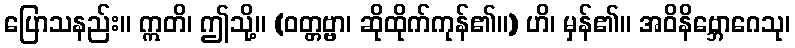
ပြောသနည်း။ ဣတိ၊ ဤသို့။ (ဝတ္တဗ္ဗာ၊ ဆိုထိုက်ကုန်၏။) ဟိ၊ မှန်၏။ အဝိနိဗ္ဘောဂေသု၊